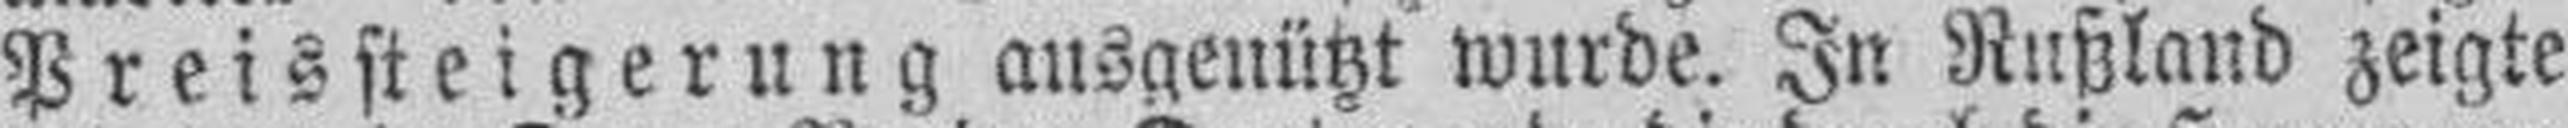
Preissteigerung ausgenützt wurde. In Rußland zeigte